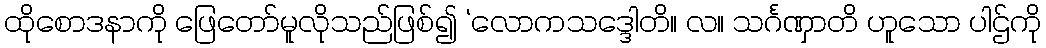
ထိုစောဒနာကို ဖြေတော်မူလိုသည်ဖြစ်၍ ‘လောကသဒ္ဒေါတိ။ လ။ သင်္ဂဏှာတိ ဟူသော ပါဌ်ကို